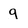
Character: q